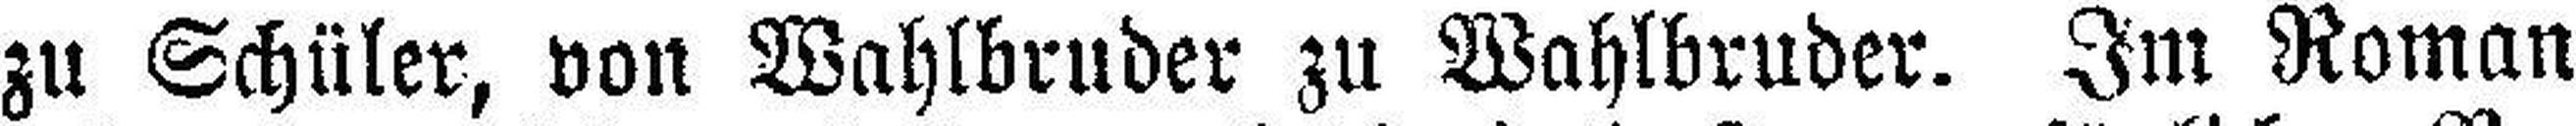
zu Schüler, von Wahlbruder zu Wahlbruder. Im Roman